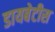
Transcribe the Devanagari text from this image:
डायबेटीस